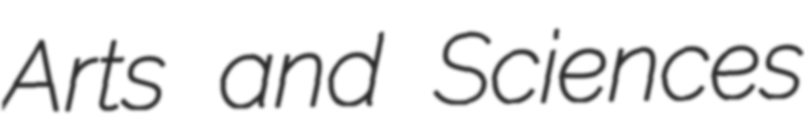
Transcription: Arts and Sciences